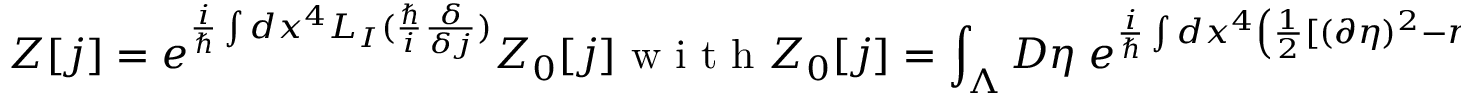
Z [ j ] = e ^ { \frac { i } { \hbar } \int d x ^ { 4 } { \cal { L } } _ { I } ( \frac { \hbar } { i } \frac { \delta } { \delta j } ) } Z _ { 0 } [ j ] \textrm { w i t h } Z _ { 0 } [ j ] = \int _ { \Lambda } { \cal { D } } \eta \; e ^ { \frac { i } { \hbar } \int d x ^ { 4 } \left( \frac { 1 } { 2 } [ ( \partial \eta ) ^ { 2 } - m ^ { 2 } \eta ^ { 2 } ] + j \eta \right) } ,